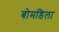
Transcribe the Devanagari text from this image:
बोमडिला